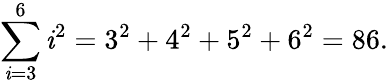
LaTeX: \sum_{\mathit{i}=3}^{6}\mathit{i}^{2}=3^{2}+4^{2}+5^{2}+6^{2}=86.